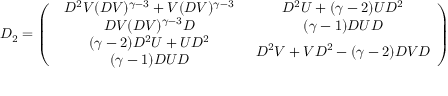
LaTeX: { \cal D } _ { 2 } = \left( \begin{array} { c c } { { \begin{array} { c } { { D ^ { 2 } V ( D V ) ^ { \gamma - 3 } + V ( D V ) ^ { \gamma - 3 } } } \\ { { D V ( D V ) ^ { \gamma - 3 } D } } \end{array} } } & { { \begin{array} { c } { { D ^ { 2 } U + ( \gamma - 2 ) U D ^ { 2 } } } \\ { { ( \gamma - 1 ) D U D } } \end{array} } } \\ { { \begin{array} { c } { { ( \gamma - 2 ) D ^ { 2 } U + U D ^ { 2 } } } \\ { { ( \gamma - 1 ) D U D } } \end{array} } } & { { D ^ { 2 } V + V D ^ { 2 } - ( \gamma - 2 ) D V D } } \end{array} \right)